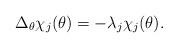
LaTeX: \begin{align*}\Delta_{\theta}\chi_j(\theta)=-\lambda_{j}\chi_j(\theta).\end{align*}